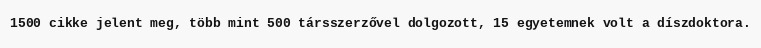
1500 cikke jelent meg, több mint 500 társszerzővel dolgozott, 15 egyetemnek volt a díszdoktora.